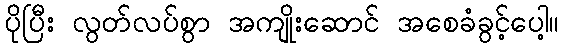
ပိုပြီး လွတ်လပ်စွာ အကျိုးဆောင် အစေခံခွင့်ပေါ့။